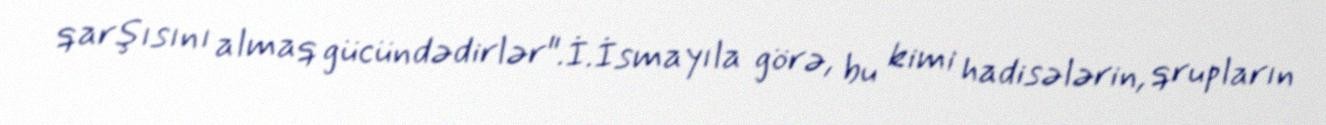
qarşısını almaq gücündədirlər".İ.İsmayıla görə, bu kimi hadisələrin, qrupların